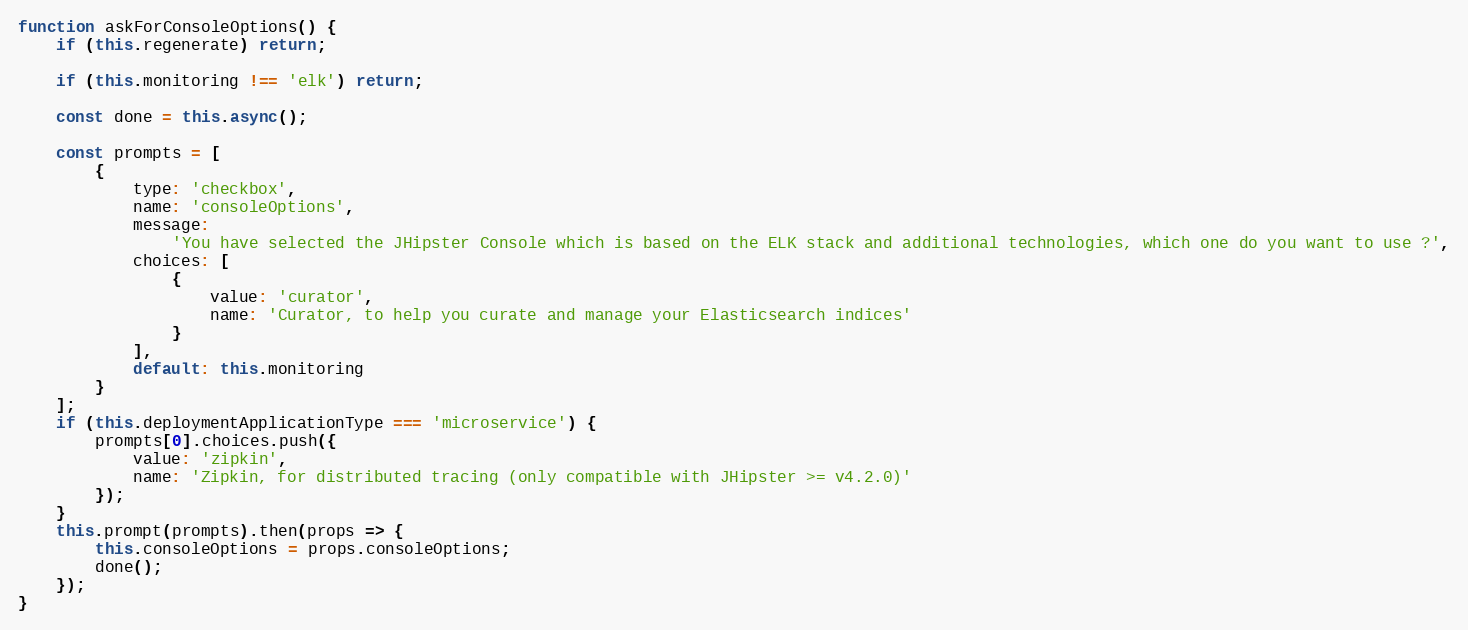
Language: JavaScript
function askForConsoleOptions() {
    if (this.regenerate) return;

    if (this.monitoring !== 'elk') return;

    const done = this.async();

    const prompts = [
        {
            type: 'checkbox',
            name: 'consoleOptions',
            message:
                'You have selected the JHipster Console which is based on the ELK stack and additional technologies, which one do you want to use ?',
            choices: [
                {
                    value: 'curator',
                    name: 'Curator, to help you curate and manage your Elasticsearch indices'
                }
            ],
            default: this.monitoring
        }
    ];
    if (this.deploymentApplicationType === 'microservice') {
        prompts[0].choices.push({
            value: 'zipkin',
            name: 'Zipkin, for distributed tracing (only compatible with JHipster >= v4.2.0)'
        });
    }
    this.prompt(prompts).then(props => {
        this.consoleOptions = props.consoleOptions;
        done();
    });
}